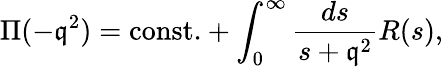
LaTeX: \Pi(-\mathfrak{q}^{2})=\mathrm{{const.}}+\int_{0}^{\infty}{\frac{{ds}}{{s+\mathfrak{q}^{2}}}}R(s),